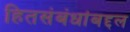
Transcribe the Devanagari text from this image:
हितसंबंधांबद्दल